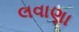
લવાણા